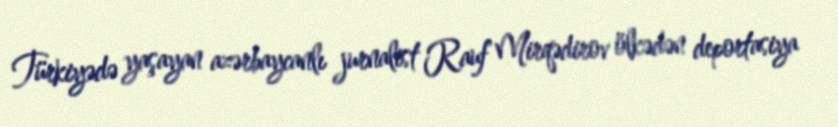
Türkiyədə yaşayan azərbaycanlı jurnalist Rauf Mirqədirov ölkədən deportasiya